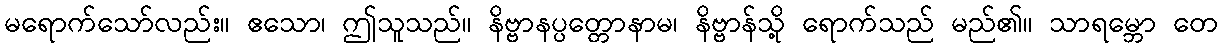
မရောက်သော်လည်း။ ဧသော၊ ဤသူသည်။ နိဗ္ဗာနပ္ပတ္တောနာမ၊ နိဗ္ဗာန်သို့ ရောက်သည် မည်၏။ သာရမ္ဘော တေ